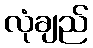
လုံချည်